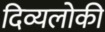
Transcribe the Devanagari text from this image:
दिव्यलोकी